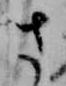
さ